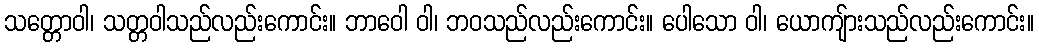
သတ္တောဝါ၊ သတ္တဝါသည်လည်းကောင်း။ ဘာဝေါ ဝါ၊ ဘဝသည်လည်းကောင်း။ ပေါသော ဝါ၊ ယောကျ်ားသည်လည်းကောင်း။